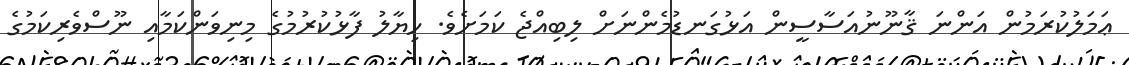
ޢަމަލުކުރަމުން އަންނަ ޤާނޫނުއަސާސީން އަޅުގަނޑުމެންނަށް ލިބިއްޖެ ކަމަށެވެ. ޚިޔާލު ފާޅުކުރުމުގެ މިނިވަންކަމާއި ނޫސްވެރިކަމުގެ